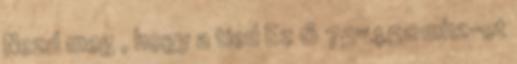
Nezd meg , hogy a tied Ez 6 75=450mhz-et